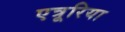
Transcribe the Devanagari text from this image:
एत्रूरिया